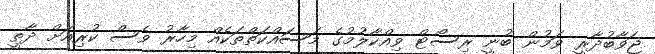
ޖަވާބުދާރީ ވަމުން ބުނީ ރިސޯޓް ވިއްކާލުމުގެ މަސައްކަތްތަކެއް މިހާރު ވެސް ކުރިއަށް ދާތީ